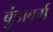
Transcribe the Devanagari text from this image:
बुंडाबर्ग